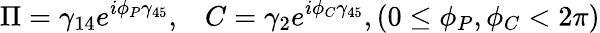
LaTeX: \Pi=\gamma_{14}e^{i\phi_{P}\gamma_{45}},\; \; \; C=\gamma_{2}e^{i\phi_{C}\gamma_{45}},(0\leq\phi_{P},\phi_{C}<2\pi)